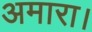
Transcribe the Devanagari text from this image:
अमारा।